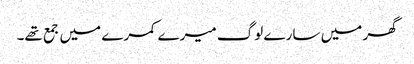
گھر میں سارے لوگ میرے کمرے میں جمع تھے۔